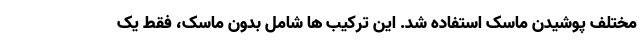
مختلف پوشیدن ماسک استفاده شد. این ترکیب ها شامل بدون ماسک، فقط یک